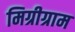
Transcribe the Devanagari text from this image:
मिग्रीग्राम